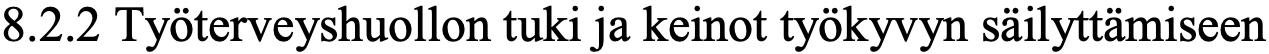
8.2.2 Työterveyshuollon tuki ja keinot työkyvyn säilyttämiseen